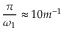
\frac { \pi } { \omega _ { 1 } } \approx 1 0 m ^ { - 1 }